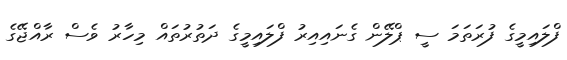
ފްލައިމީގެ ފުރަތަމަ ސީ ޕްލޭން ގެނައިއިރު ފްލައިމީގެ ދަތުރުތައް މިހާރު ވެސް ރާއްޖޭގެ